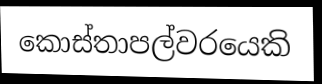
කොස්තාපල්වරයෙකි